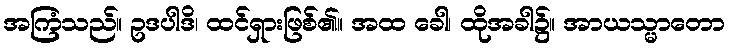
အကြံသည်။ ဥဒပါဒိ၊ ထင်ရှားဖြစ်၏။ အထ ခေါ၊ ထိုအခါ၌။ အာယသ္မာတော